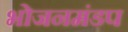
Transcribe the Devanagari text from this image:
भोजनमंडप